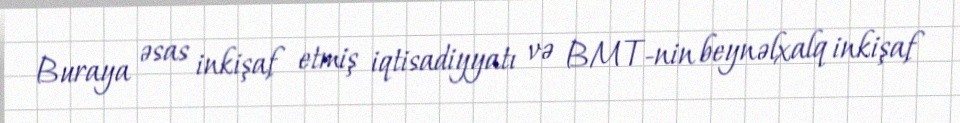
Buraya əsas inkişaf etmiş iqtisadiyyatı və BMT-nin beynəlxalq inkişaf